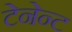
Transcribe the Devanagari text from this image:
टेनेन्ट